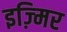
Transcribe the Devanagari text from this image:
इज़्मिर